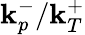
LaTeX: \mathbf{k}_{p}^{-}/\mathbf{k}_{T}^{+}